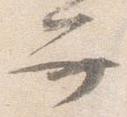
弁